Report on horse surra - Volume II, Part I
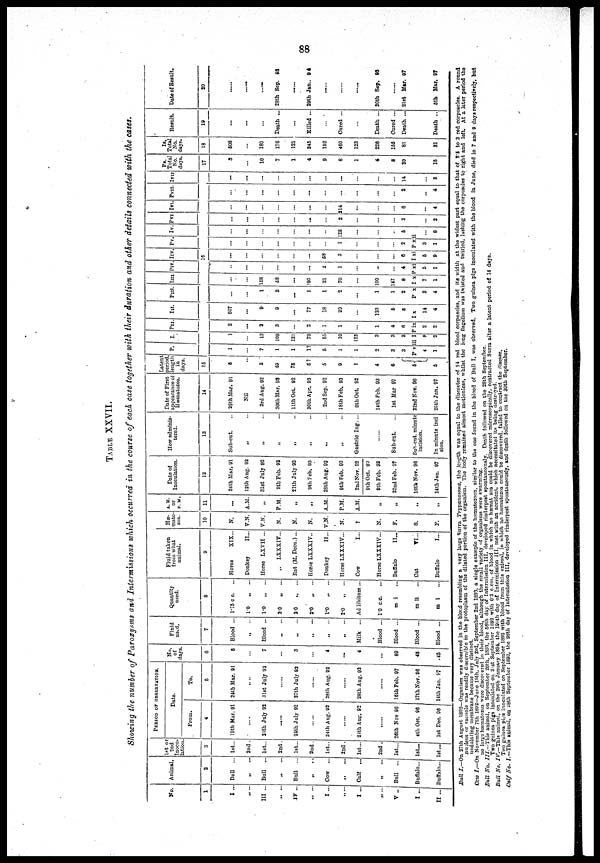
TABLE XXVII.
Showing the number of Paroxysms and Intermissions which occurred in the course of each case together with their duration and other details connected with the cases.
No.
1
I ..
III ...
„ ...
IV ...
„ ...
I ...
...
I ...
„ ...
„ ...
I...
Animal.
2
Bull
...
„ ...
Bull ...
„ ...
Bull
...
„ ...
Cow
...
„ ...
Calf
...
„ ...
Bull
...
Buffalo...
II... Buffalo...
1st or
2nd
Inocu-
lation.
3
1st...
2nd .
1st...
2nd.
1st...
2nd.
1st..
2nd.
1st...
2nd .
1st...
1st...
1st...
PERIOD OF OBSERVATION.
Date.
From.
4
19th Mar. 91
24th July 92
......
24th July 92
......
24 th Aug. 92
......
24th Aug. 92
To.
5
24th Mar. 91
31st July 92
......
27th July 92
......
28th Aug. 92
......
28th Aug. 92
26th Nov 96
4th Oct. 96
1st Dec. 96
16th Feb. 97
17th Nov. 96
14th Jan. 97
No.
of
days.
6
6
7
...
3
...
4
...
4
89
45
45
Fluid
used.
7
Blood ...
Blood ...
„ ...
„ ...
„ ...
„ ...
„ ...
Milk ...
Blood ...
Blood ...
Blood ...
Blood ...
Quantity
used.
8
1.75 c c. ...
1.0
„
...
1.0
„
...
2.0
„
...
2.0
„
...
2.0
„
...
1.0 „ ...
2.0
„
...
Ad libitum ...
10 c.c. ...
m i ...
m ii ...
m i ...
Fluid taken
from what
animal.
9
Horse
XIX...
Donkey
II...
Horse LXVII ...
„
LXXXIV...
Rat (M. Decu.)...
Horse LXXXIV..
Donkey
II...
Horse LXXXIV...
Cow
I...
Horse LXXXIV...
Buffalo
II...
Cat
VI...
Buffalo
I...
Hæ-
mato
zoa.
10
N.
V.N.
V.N.
N.
N.
N.
V.N.
N.
?
N.
F.
S.
F.
A.M.
or
P.M.
11
...
A.M.
„
P.M.
„
„
A.M.
P.M.
A.M.
„
„
„
„
Date of
Inoculation.
12
24th Mar. 91
12th Aug. 92
31st July 92
9th Feb. 93
27th July 92
9th Feb. 93
28th Aug. 92
9th Feb. 93
2nd Nov. 92
9th Oct. 92
9th Feb. 93
22nd Feb. 97
16th Nov. 96
14th Jan. 97
How adminis-
tered.
13
Sub-cut. ...
„ ...
„ ...
„ ...
„ ...
„ ...
„ ...
„ ...
Gastric Ing....
......
Sub-cut. ...
Sub-cut. minute
incision.
In minute inci
sion.
Date of First
appearance of
Hæmatozoa.
14
29th Mar. 91
Nil
3rd Aug. 92
30th Mar. 93
11th Oct. 92
30th Apr. 93
2nd Sep. 92
18th Feb. 93
9th Oct. 92
14th Feb. 93
1st Mar 97
22nd Nov. 96
20th Jan. 97
Latent
period,
length
in
days.
15
5
3
49
75
5?
5
9
?
4
6
5{
5
P.
1
7
1
1
1?
5
1
1
2
3
3
P V
4
1
I.
1
13
109
121
73
55
10
123
3
3
3
iii I
8
2
PII
2
2
3
...
2
1
1
...
1
4
6
P ix
2
2
III.
507
9
9
...
77
18
29
...
123
5
6
I x
14
4
PIII.
...
1
3
...
1
1
2
...
1
1
2
P X
3
4
I III.
...
158
58
...
195
21
70
...
100
147
8
I X
7
1
PIV.
...
...
...
...
...
2
1
...
...
...
4
P xi
5
1
I IV.
16
...
...
...
...
...
58
3
...
...
...
6
I xi
6
9
PV.
...
...
...
...
...
...
1
...
...
...
2
P x
3
1
I V.
...
...
...
...
...
...
128
...
...
...
5
ii
...
8
PVI.
...
...
...
...
...
...
2
...
...
...
3
...
...
2
IVI.
...
...
...
...
...
...
214
...
...
...
6
...
...
4
PVII.
...
...
...
...
...
...
...
...
...
...
2
...
...
4
IVII.
...
...
...
...
...
...
...
...
...
...
14
...
...
8
Ps.
Total
No.
days.
17
3
10
7
1
4
9
8
1
4
8
39
...
...
15
Is.
Total
No.
days.
18
508
180
176
121
345
152
460
123
226
155
81
31
Result.
19
...
...
Death ...
...
Killed ...
...
Cured ...
...
Death ...
Cured ...
Death ...
Death ..
Date of Result.
20
......
......
28th Sep. 93
......
29th Jan.. 94
......
......
......
30th Sep. 93
......
21st Mar. 97
5th Mar. 97
Bull I.—On 27th August 1892—Organism was observed in the blood resembling a very large Surra Trypanosoma, the length was equal to the diameter of 14 red blood corpuscles, and its width at the widest part equal to that of 2.5 to 3 red corpuscles. A round
nucleus or vacuole was readily discernible in the protoplasm of the dilated portion of the organism. The body remained almost motionless, whilst the long flagellum was twisted and twirled, lashing the corpuscles to right and left. At a later period the
undulating membrane became very distinct.
Cow I.—On November 7th 1892—June 15th, July 3rd, September 2nd 1893, a single example of the hæmatozoon, similar to the one found in the blood of Bull I, was observed. Two guinea pigs inoculated with the blood in June, died in 7 and 9 days respectively, but
no large hæmatozoa were discovered in their blood, although the small variety of organisms were swarming.
Bull No. III.— This animal, on September 26th, 1893, the 56th day of Intermission III, developed rinderpest spontaneously. Death followed on the 28th September.
Two guinea pigs inoculated on 21st September 1892 with 0.3 c.cm. of blood in which no hæmatozoa could be discovered microscopically, contracted Surra after a latent period of 14 days.
Bull No. IV.—This animal, on the 29th January 1894, the 195th day of Intermission III, met with an accident, which necessitated its being destroyed.
Two guinea pigs inoculated on September 1892 with blood from this animal, in which no hæmatozoa could be discovered, failed to contract the disease.
Calf No. I.—This animal, on 28th September 1893, the 98th day of Intermission III, developed rinderpest spontaneously, and death followed on the 30th September.